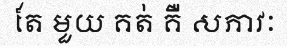
តែ មួយ គត់ គឺ សភាវៈ